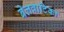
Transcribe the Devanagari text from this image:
बेलवाटिका